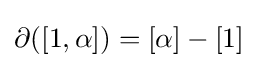
\partial ([1,\alpha ])=[\alpha ]-[1]